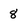
Character: 8